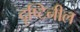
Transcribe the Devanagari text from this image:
दृष्टिनील